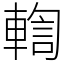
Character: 輷